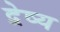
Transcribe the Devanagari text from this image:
द्वेष्य